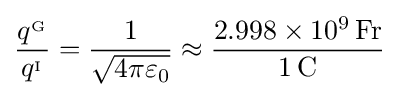
{\frac {q^{_{\mathrm {G} }}}{q^{_{\mathrm {I} }}}}={\frac {1}{\sqrt {4\pi \varepsilon _{0}}}}\approx {\frac {2.998\times 10^{9}\,\mathrm {Fr} }{1\,\mathrm {C} }}